Bulletin of the Pasteur Institute of Southern India, Coonoor - No. 3.
Year: 1910
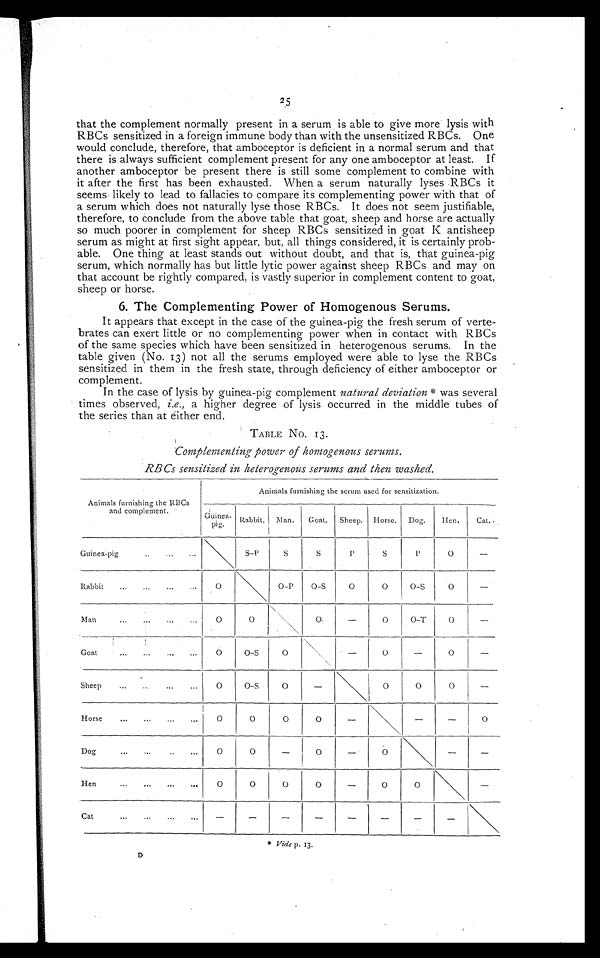
25
that the complement normally present in a serum is able to give more lysis with
RBCs sensitized in a foreign immune body than with the unsensitized RBCs. One
would conclude, therefore, that amboceptor is deficient in a normal serum and that
there is always sufficient complement present for any one amboceptor at least. If
another amboceptor be present there is still some complement to combine with
it after the first has been exhausted. When a serum naturally lyses. RBCs it
seems likely to lead to fallacies to compare its complementing power with that of
a serum which does not naturally lyse those RBCs. It does not seem justifiable,
therefore, to conclude from the above table that goat, sheep and horse are actually
so much poorer in complement for sheep RBCs sensitized in goat K antisheep
serum as might at first sight appear, but, all things considered, it is certainly prob-
able. One thing at least stands out without doubt, and that is, that guinea-pig
serum, which normally has but little lytic power against sheep RBCs and may on
that account be rightly compared, is vastly superior in complement content to goat,
sheep or horse.
6. The Complementing Power of Homogenous Serums.
It appears that except in the case of the guinea-pig the fresh serum of verte-
brates can exert little or no complementing power when in contact with RBCs
of the same species which have been sensitized in heterogenous serums. In the
table given (No. 13) not all the serums employed were able to lyse the RBCs
sensitized in them in the fresh state, through deficiency of either amboceptor or
complement.
In the case of lysis by guinea-pig complement natural deviation* was several
times observed, i.e., a higher degree of lysis occurred in the middle tubes of
the series than at either end.
TABLE No. 13.
Complementing power of homogenous serums.
RB Cs sensitized in heterogenous serums and then washed.
Animals furnishing the RBCs
and complement.
Animals furnishing the serum used for sensitization.
Guinea-
pig.
Rabbit. Man.
Goat.
Sheep. Horse. Dog.
Hen.
Cat.
Guinea-pig
..
...
S
S
P
S
P
O
—
Rabbit
,..
...
...
O
O-P
O - S
O
O
O-S
O
—
Man...
...
...
O
O
O
—
O
O - T
O
—
Goat...
...
...
...
O
O-S
O
O
—
O
—
Sheep...
...
...
...
O
O-S
O
—
O
O
O
—
H orse
...
...
...
O
O
O
O
—
—
—
O
Dog...
...
..
...
O
O
—
O
—
O
—
—
Hen
O
O
O
O
—
O
O
—
Cat...
„.
."
.-
—
—
—
–
–
–
– —
* Vide p. 13.
D